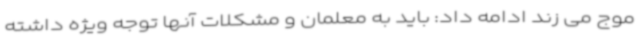
موج می زند ادامه داد: باید به معلمان و مشکلات آنها توجه ویژه داشته